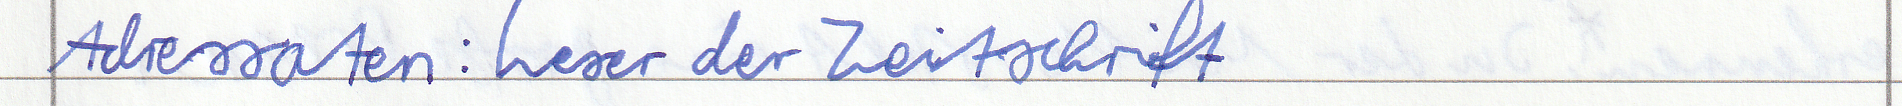
Adressaten: Leser der Zeitschrift